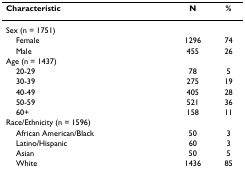
<table><thead><tr><td><b>Characteristic</b></td><td><b>N</b></td><td><b>%</b></td></tr></thead><tbody><tr><td>Sex (n = 1751)</td><td></td><td></td></tr><tr><td> Female</td><td>1296</td><td>74</td></tr><tr><td> Male</td><td>455</td><td>26</td></tr><tr><td>Age (n = 1437)</td><td></td><td></td></tr><tr><td> 20-29</td><td>78</td><td>5</td></tr><tr><td> 30-39</td><td>275</td><td>19</td></tr><tr><td> 40-49</td><td>405</td><td>28</td></tr><tr><td> 50-59</td><td>521</td><td>36</td></tr><tr><td> 60+</td><td>158</td><td>11</td></tr><tr><td>Race/Ethnicity (n = 1596)</td><td></td><td></td></tr><tr><td> African American/Black</td><td>50</td><td>3</td></tr><tr><td> Latino/Hispanic</td><td>60</td><td>3</td></tr><tr><td> Asian</td><td>50</td><td>5</td></tr><tr><td> White</td><td>1436</td><td>85</td></tr></tbody></table>